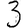
Digit: 3